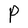
Character: P